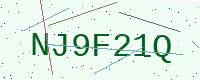
Text: NJ9F21Q